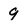
Character: 9